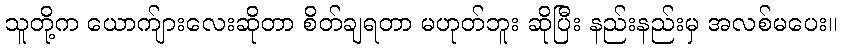
သူတို့က ယောက်ျားလေးဆိုတာ စိတ်ချရတာ မဟုတ်ဘူး ဆိုပြီး နည်းနည်းမှ အလစ်မပေး။